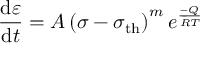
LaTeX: { \frac { \mathrm { d } \varepsilon } { \mathrm { d } t } } = A \left( \sigma - \sigma _ { \mathrm { { t h } } } \right) ^ { m } e ^ { \frac { - Q } { { \bar { R } } T } }